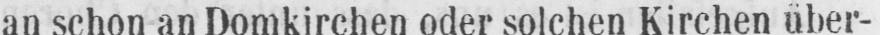
an schon an Domkirchen oder solchen Kirchen über-